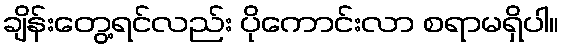
ချိန်းတွေ့ရင်လည်း ပိုကောင်းလာ စရာမရှိပါ။